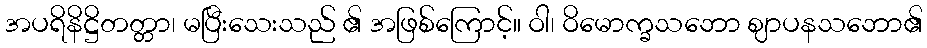
အပရိနိဋ္ဌိတတ္တာ၊ မပြီးသေးသည် ၏ အဖြစ်ကြောင့်။ ဝါ၊ ဝိမောက္ခသဘော ဈာပနသဘော၏